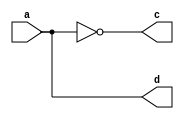
module trivial3( input a, output c, output d);
assign c = ~a;
assign d = a;
endmodule

module trivial2( input a, input b, output c);
wire tmp1;
assign tmp1 = ~a ^ b;

wire t3o1;
wire t3o2;
trivial3 t3 (tmp1, t3o1, t3o2);

wire tmp2;
assign tmp2 = t3o1 & t3o2;
assign c = !tmp2;
endmodule